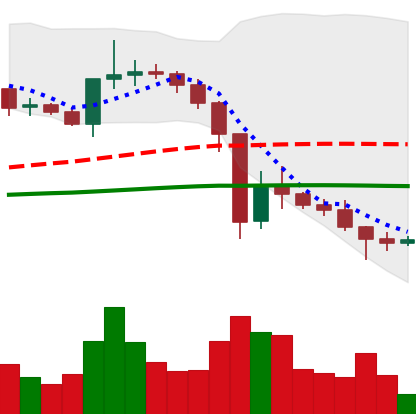
Ticker: XRP-USD
Chart end date: 2020-12-31
Forward return: 3.14%
Label: up_3_5